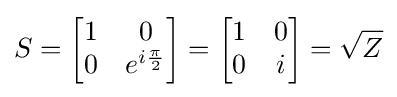
S={\begin{bmatrix}1&0\\0&e^{i{\frac {\pi }{2}}}\end{bmatrix}}={\begin{bmatrix}1&0\\0&i\end{bmatrix}}={\sqrt {Z}}